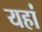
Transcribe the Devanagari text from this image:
यहां